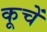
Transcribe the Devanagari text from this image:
कूचें